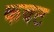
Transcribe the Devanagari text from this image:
कवट